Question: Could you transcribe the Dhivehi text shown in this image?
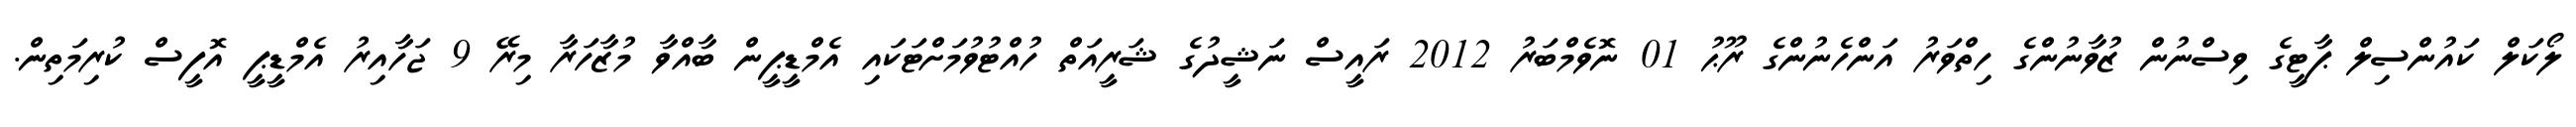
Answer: ލޯކަލް ކައުންސިލް ޕާޓީގެ ވިސްނުން ޒުވާނުންގެ ހިތްވަރު އަންހެނުންގެ ރޫޙު 01 ނޮވެމްބަރު 2012 ރައީސް ނަޝީދުގެ ޝަރީއަތް ހުއްޓުވުމަށްޓަކައި އެމްޑީޕީން ބާއްވާ މުޒާހަރާ މިރޭ 9 ޖަހާއިރު އެމްޑީޕީ އޮފީސް ކުރިމަތިން.